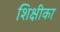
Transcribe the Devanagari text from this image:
शिक्षीका